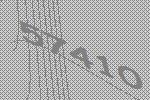
57410